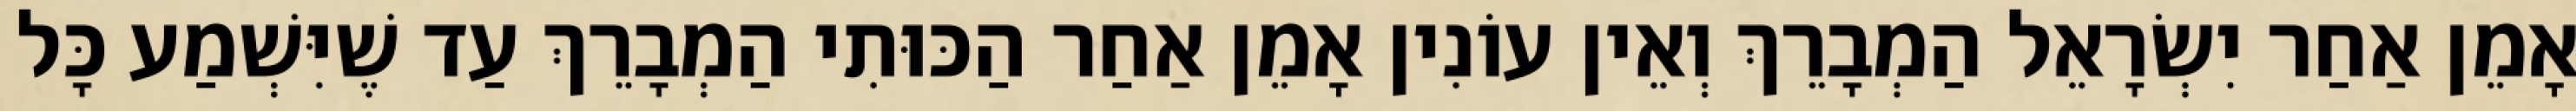
אָמֵן אַחַר יִשְׂרָאֵל הַמְבָרֵךְ וְאֵין עוֹנִין אָמֵן אַחַר הַכּוּתִי הַמְבָרֵךְ עַד שֶׁיִּשְׁמַע כָּל